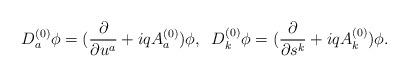
LaTeX: \begin{align*}D^{(0)}_{a} \phi = (\frac{\partial}{\partial u^a} +i q A^{(0)}_{a}) \phi, \;\; D^{(0)}_{k} \phi = (\frac{\partial}{\partial s^k} +i q A^{(0)}_{k}) \phi.\end{align*}